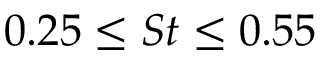
0 . 2 5 \leq S t \leq 0 . 5 5